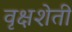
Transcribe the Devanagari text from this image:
वृक्षशेती